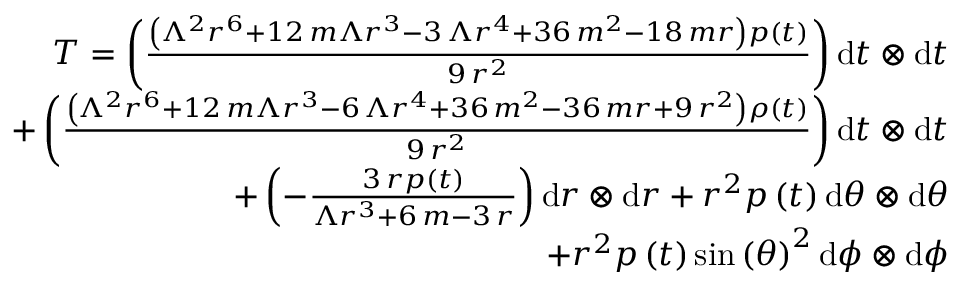
\begin{array} { r } { T = \left( \frac { { \left( \Lambda ^ { 2 } r ^ { 6 } + 1 2 \, m \Lambda r ^ { 3 } - 3 \, \Lambda r ^ { 4 } + 3 6 \, m ^ { 2 } - 1 8 \, m r \right) } p \left( t \right) } { 9 \, r ^ { 2 } } \right) \mathrm { d } t \otimes \mathrm { d } t } \\ { + \left( \frac { { \left( \Lambda ^ { 2 } r ^ { 6 } + 1 2 \, m \Lambda r ^ { 3 } - 6 \, \Lambda r ^ { 4 } + 3 6 \, m ^ { 2 } - 3 6 \, m r + 9 \, r ^ { 2 } \right) \rho ( t ) } } { 9 \, r ^ { 2 } } \right) \mathrm { d } t \otimes \mathrm { d } t } \\ { + \left( - \frac { 3 \, r p \left( t \right) } { \Lambda r ^ { 3 } + 6 \, m - 3 \, r } \right) \mathrm { d } r \otimes \mathrm { d } r + r ^ { 2 } p \left( t \right) \mathrm { d } { \theta } \otimes \mathrm { d } { \theta } } \\ { + r ^ { 2 } p \left( t \right) \sin \left( { \theta } \right) ^ { 2 } \mathrm { d } { \phi } \otimes \mathrm { d } { \phi } } \end{array}